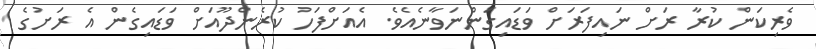
ވެރިކަން ކުރާ ރަށް ނައިފަރަށް ވަޑައިގަންނަވާނެއެވެ. އެއަށްފަހު ކުރެންދޫއަށް ވަޑައިގެން އެ ރަށުގެ